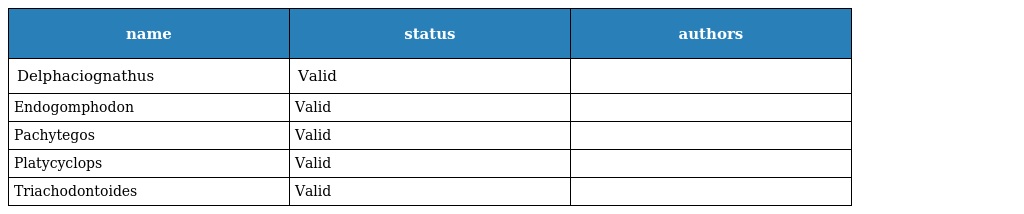
| name | status | authors |
 | --- | --- | --- |
 | Delphaciognathus | Valid |  |
 | Endogomphodon | Valid |  |
 | Pachytegos | Valid |  |
 | Platycyclops | Valid |  |
 | Triachodontoides | Valid |  |